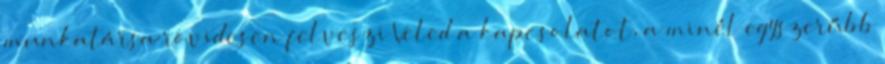
munkatársa rövidesen felveszi Veled a kapcsolatot, a minél egyszerűbb